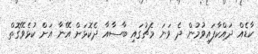
ކާޑެއް ދައްކާފައިވުމުން ދެ ވަނަ މެޗުގައި ބާސާއާ ދެކޮޅަށް އޭނާ އަށް ކުޅެވޭގޮތް